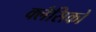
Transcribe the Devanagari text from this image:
क्लैसिको